Lunatic asylums Madras 1892-1911 - 1892-1911
Year: 1892
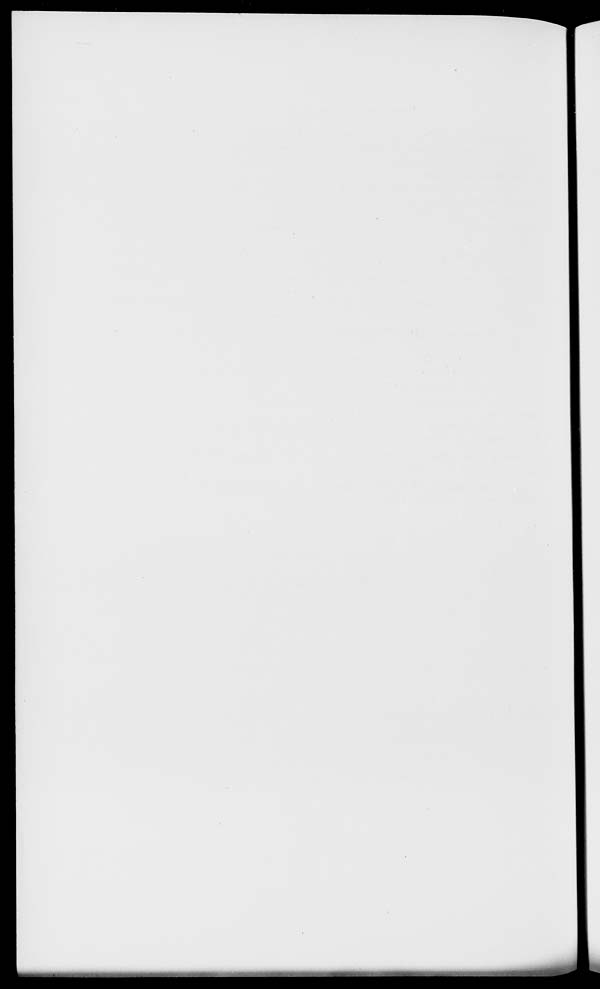
■■